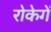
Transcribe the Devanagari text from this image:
रोकेगें